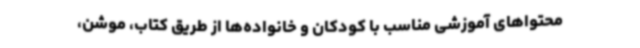
محتواهای آموزشی مناسب با کودکان و خانواده‌ها از طریق کتاب، موشن،